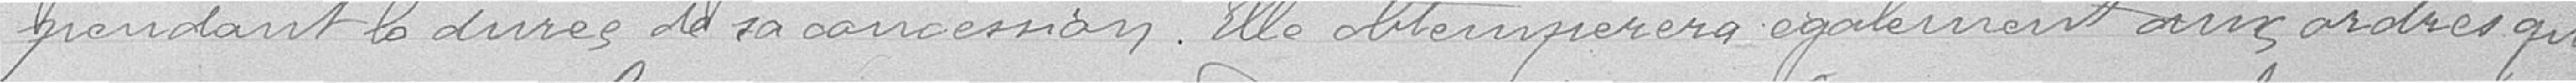
pendant la durée de sa concession. Elle obtempèrera également aux ordres qui